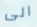
الى